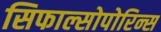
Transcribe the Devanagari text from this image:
सिफाल्सोपोरिन्स